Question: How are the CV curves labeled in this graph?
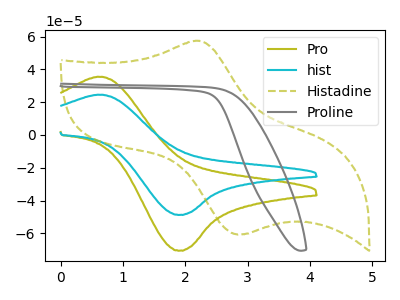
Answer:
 <answer>The olive curve is labeled "Pro". The cyan curve is labeled "hist". The olive dashed curve is labeled "Histadine". The gray curve is labeled "Proline".</answer>
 <eval></eval>